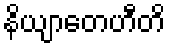
နိယျာတေဟီတိ